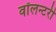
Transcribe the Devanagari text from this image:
वॉलन्टरी